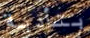
بتأدية